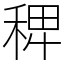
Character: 𥟑